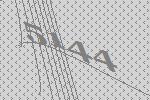
5144